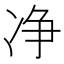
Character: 净